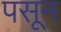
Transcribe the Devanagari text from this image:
पसून